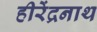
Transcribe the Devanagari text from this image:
हीरेंद्रनाथ